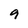
Character: 9